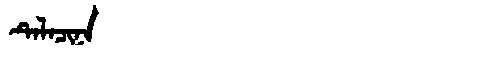
Manchu: ᡨᡝᠯᠠᠴᡳᠨᠠ
Romanization: TELACINA